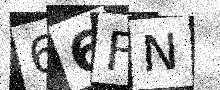
Text: 66FN